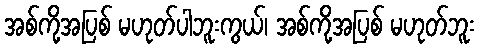
အစ်ကို့အပြစ် မဟုတ်ပါဘူးကွယ်၊ အစ်ကို့အပြစ် မဟုတ်ဘူး